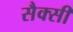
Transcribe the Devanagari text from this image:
सैक्सी